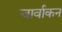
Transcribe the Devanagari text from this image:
चार्वाकन